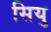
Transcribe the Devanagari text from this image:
सियु